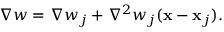
\begin{array} { r } { \nabla w = \nabla w _ { j } + { \nabla } ^ { 2 } w _ { j } ( { \bf x } - { \bf x } _ { j } ) . } \end{array}